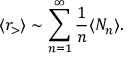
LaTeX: \langle r _ { > } \rangle \sim \sum _ { n = 1 } ^ { \infty } \frac { 1 } { n } \langle N _ { n } \rangle .